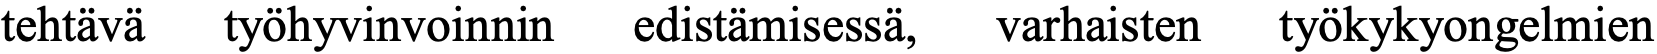
tehtävä työhyvinvoinnin edistämisessä, varhaisten työkykyongelmien